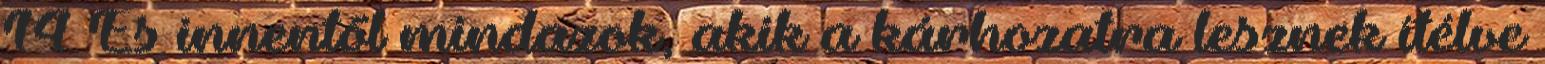
14 És innentől mindazok, akik a kárhozatra lesznek ítélve